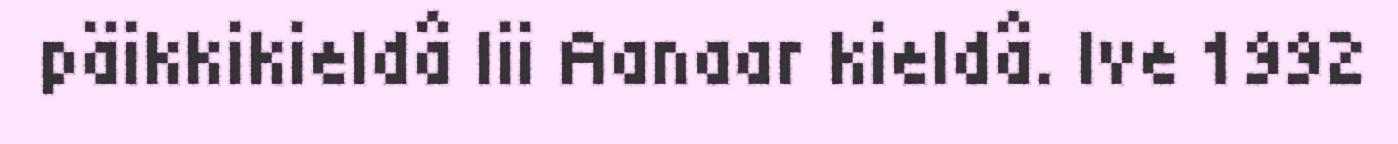
päikkikieldâ lii Aanaar kieldâ. Ive 1992